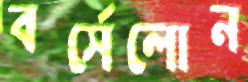
বর্সেলোন